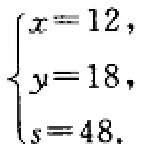
\[

\begin{cases}

x = 12, \\

y = 18, \\

s = 48.

\end{cases}

\]